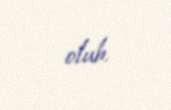
olub.